Malarial fevers
Disease focus: Malaria
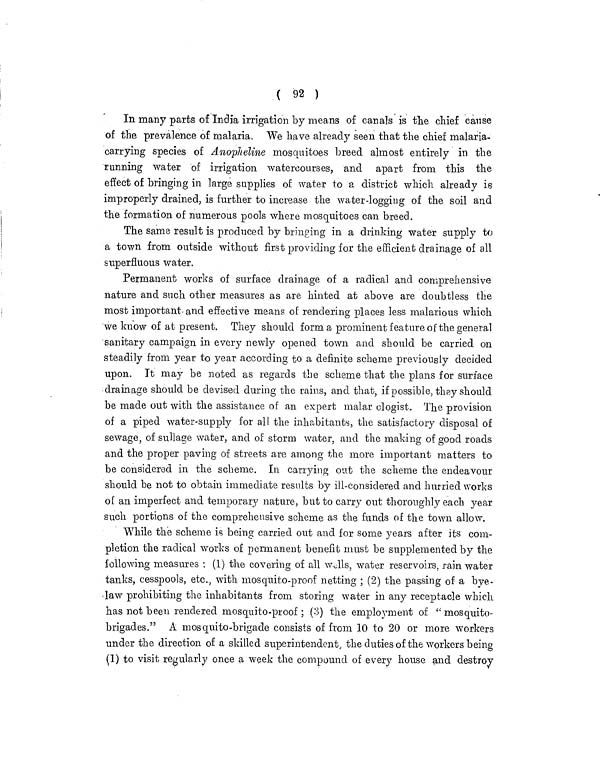
( 92 )
In many parts of India irrigation by means of canals is the chief cause
of the prevalence of malaria. We have already seen that the chief malaria-
carrying species of Anopheline mosquitoes breed almost entirely in the
running water of irrigation watercourses, and apart from this the
effect of bringing in large supplies of water to a district which already is
improperly drained, is further to increase the water-logging of the soil and
the formation of numerous pools where mosquitoes can breed.
The same result is produced by bringing in a drinking water supply to
a town from outside without first providing for the efficient drainage of all
superfluous water.
Permanent works of surface drainage of a radical and comprehensive
nature and such other measures as are hinted at above are doubtless the
most important and effective means of rendering places less malarious which
we know of at present. They should form a prominent feature of the general
sanitary campaign in every newly opened town and should be carried on
steadily from year to year according to a definite scheme previously decided
upon. It may be noted as regards the scheme that the plans for surface
drainage should be devised during the rains, and that, if possible, they should
be made out with the assistance of an expert malar ologist. The provision
of a piped water-supply for all the inhabitants, the satisfactory disposal of
sewage, of sullage water, and of storm water, and the making of good roads
and the proper paving of streets are among the more important matters to
be considered in the scheme. In carrying out the scheme the endeavour
should be not to obtain immediate results by ill-considered and hurried works
of an imperfect and temporary nature, but to carry out thoroughly each year
such portions of the comprehensive scheme as the funds of the town allow.
While the scheme is being carried out and for some years after its com-
pletion the radical works of permanent benefit must be supplemented by the
following measures : (1) the covering of all wells, water reservoirs, rain water
tanks, cesspools, etc., with mosquito-proof netting ; (2) the passing of a bye-
law prohibiting the inhabitants from storing water in any receptacle which
has not been rendered mosquito-proof; (3) the employment of "'mosquito-
brigades." A mosquito-brigade consists of from 10 to 20 or more workers
under the direction of a skilled superintendent, the duties of the workers being
(1) to visit regularly once a week the compound of every house and destroy